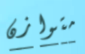
متوازن